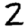
Digit: 2